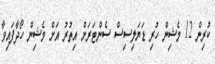
ކުރިން 12 މެޝިން ހުރި ޑަޔަލިސިސް ސެންޓަރަށް އިތުރު އަށް މެޝިން ހޯދާފައިވާ